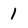
Character: 1